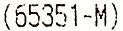
(65351-M)